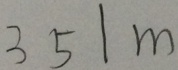
3 5 1 m